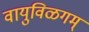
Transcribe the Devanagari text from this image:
वायुविळगम्